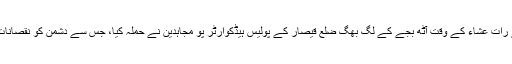
جبکہ پیر کے رات عشاء کے وقت آٹھ بجے کے لگ بھگ ضلع قیصار کے پولیس ہیڈکوارٹر پو مجاہدین نے حملہ کیا، جس سے دشمن کو نقصانات کا سامنا ہوا۔